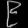
Digit: ၉